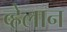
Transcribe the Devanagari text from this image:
व्हेलान